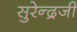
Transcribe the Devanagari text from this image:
सुरेन्द्रजी